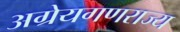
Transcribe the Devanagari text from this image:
अग्रेयगणराज्य